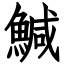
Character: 鰔